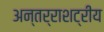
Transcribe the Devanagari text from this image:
अन्तर्राशट्रीय